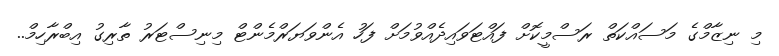
މި ނިޒާމްގެ މަސައްކަތް ރަސްމީކޮށް ފައްޓަވައިދެއްވުމަށް ފަހު އެންވަޔަރްމެންޓް މިނިސްޓަރު ތާރިގު އިބްރާހިމް..